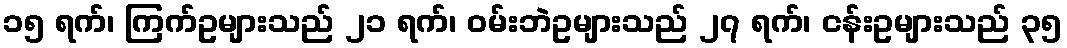
၁၅ ရက်၊ ကြက်ဥများသည် ၂၁ ရက်၊ ဝမ်းဘဲဥများသည် ၂၇ ရက်၊ ငန်းဥများသည် ၃၅